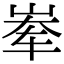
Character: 𪨶